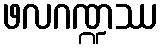
ဖလဂဏ္ဍဿ